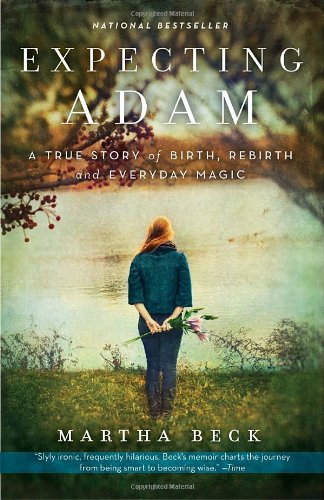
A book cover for Expecting Adam: A True Story of Birth, Rebirth, and Everyday Magic; Martha Beck; Biographies & Memoirs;